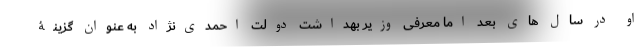
او در سال های بعد اما معرفی وزیر بهداشت دولت احمدی‌نژاد به عنوان گزینۀ